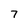
Character: 7